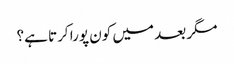
مگر بعد میں کون پورا کرتا ہے؟